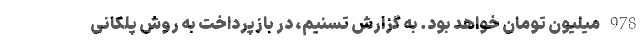
978 میلیون تومان خواهد بود. به گزارش تسنیم، در بازپرداخت به روش پلکانی